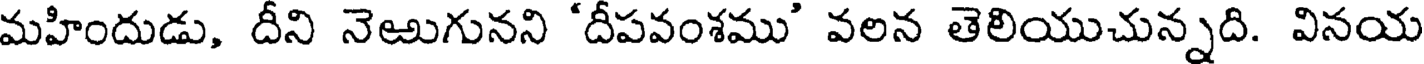
మహిందుడు, దీని నెఱుగునని 'దీపవంశము' వలన తెలియుచున్నది. వినయ